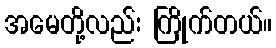
အမေတို့လည်း ကြိုက်တယ်။